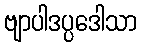
ဗျာပါဒပ္ပဒေါသာ